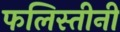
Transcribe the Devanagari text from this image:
फलिस्तीनी